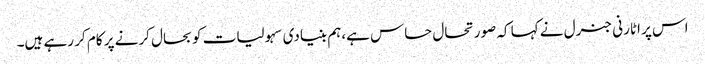
اس پر اٹارنی جنرل نے کہا کہ صورتحال حساس ہے،ہم بنیادی سہولیات کو بحال کرنے پر کام کر رہے ہیں۔